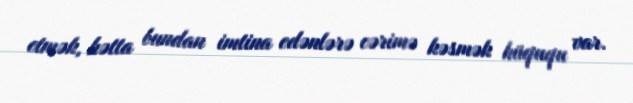
etmək, hətta bundan imtina edənlərə cərimə kəsmək hüququ var.